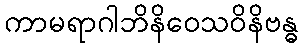
ကာမရာဂါဘိနိဝေသဝိနိဗန္ဓ